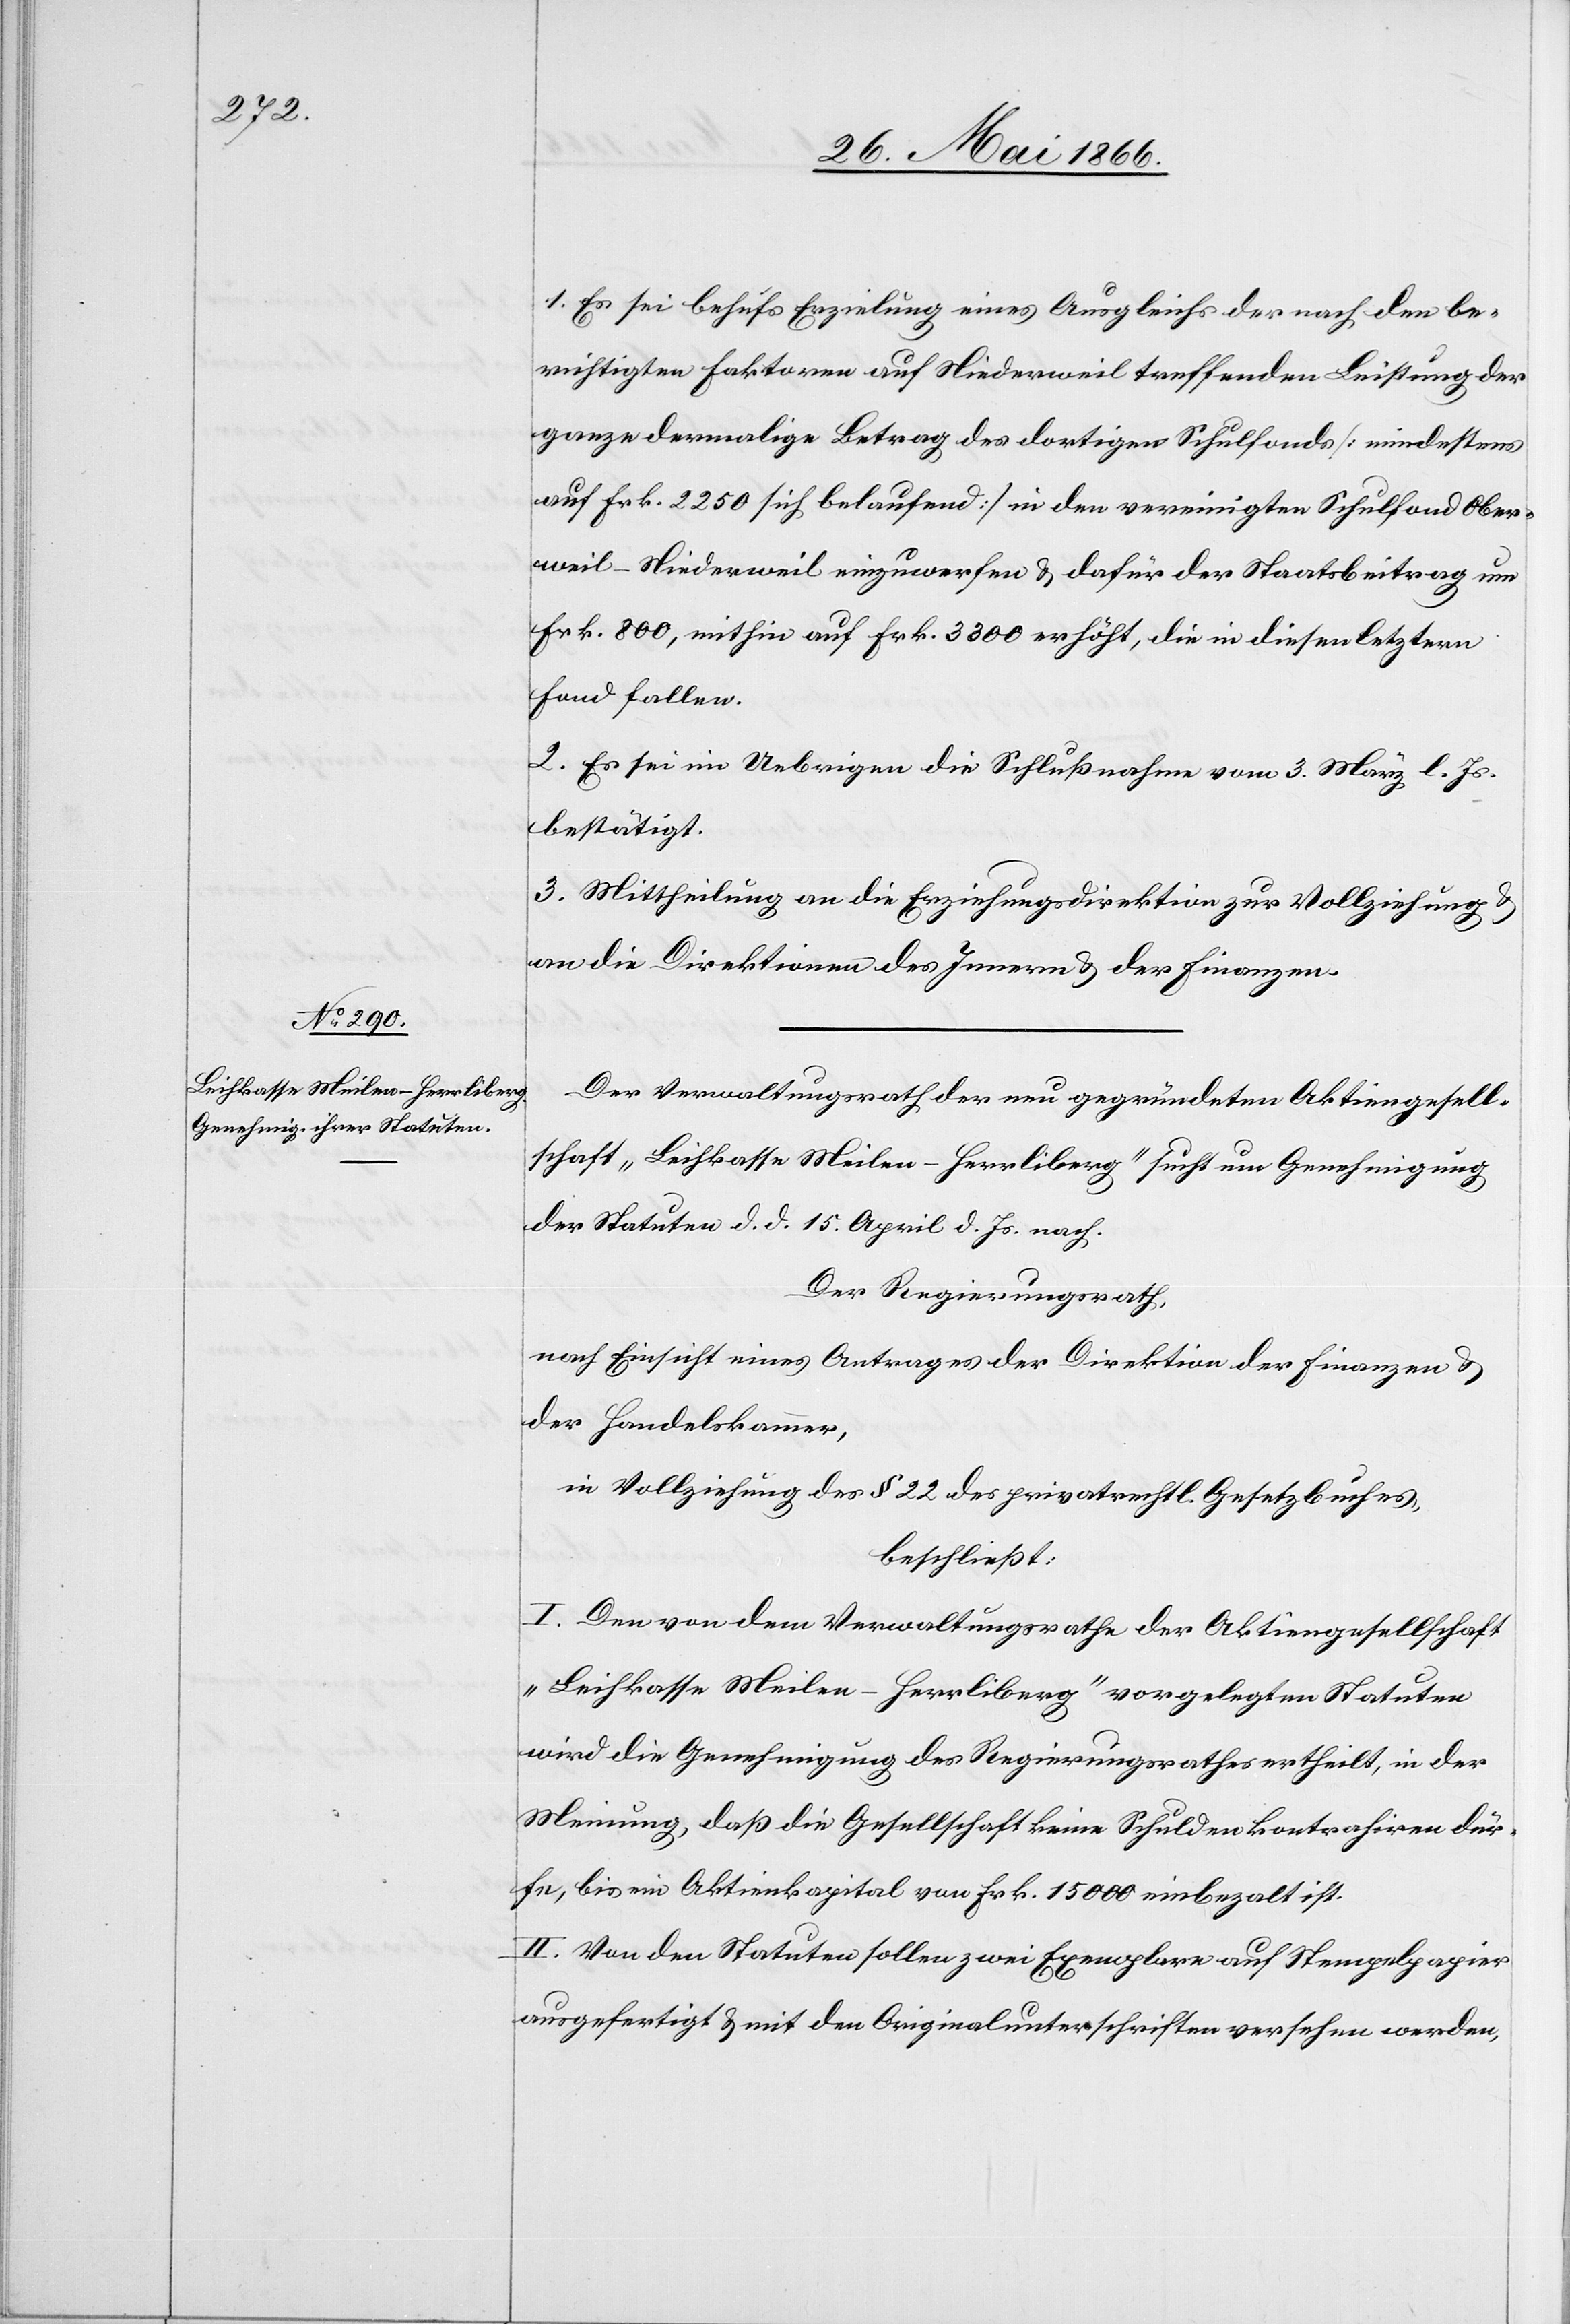
1. Es sei behufs Erzielung eines Ausgleichs der nach den be¬
richtigten Faktoren auf Niederweil treffenden Leistungen der
ganze damalige Betrag des dortigen Schulfonds [mindestens
auf Frk. 2250 sich belaufend] in den vereinigten Schulfond Ober¬
weil-Niederweil einzuwerfen u. dafür der Staatsbeitrag um
Frk. 800, mithin auf Frk. 3300 erhöht, die in diesen letztern
Fond fallen.
2. Es sei im Uebrigen die Schlußnahme vom 3. März l. Js.
bestätigt.
3. Mittheilung an die Erziehungsdirektion zur Vollziehung u.
an die Direktionen des Innern u. der Finanzen.
Der Verwaltungsrath der neu gegründeten Aktiengesell¬
schaft „Leihkasse Meilen-Herrliberg“ sucht um Genehmigung
der Statuten d. d. 15. April d. Js. nach.
Der Regierungsrath,
nach Einsicht eines Antrages der Direktion der Finanzen u.
der Handelskammer,
in Vollziehung des § 22 des privatrechtl. Gesetzbuches,
beschließt:
I. Den von dem Verwaltungsrathe der Aktiengesellschaft
„Leihkasse Meilen-Herrliberg“ vorgelegten Statuten
wird die Genehmigung des Regierungsrathes ertheilt, in der
Meinung, daß die Gesellschaft keine Schulden kontrahiren dür¬
fe, bis ein Aktienkapital von Frk. 15 000 einbezahlt ist.
II. Von den Statuten sollen zwei Exemplare auf Stempelpapier
ausgefertigt u. mit den Originalunterschriften versehen werden,